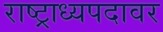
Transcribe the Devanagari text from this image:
राष्ट्राध्यपदावर